Alatskivi_vallavalitsus_et, lk 204
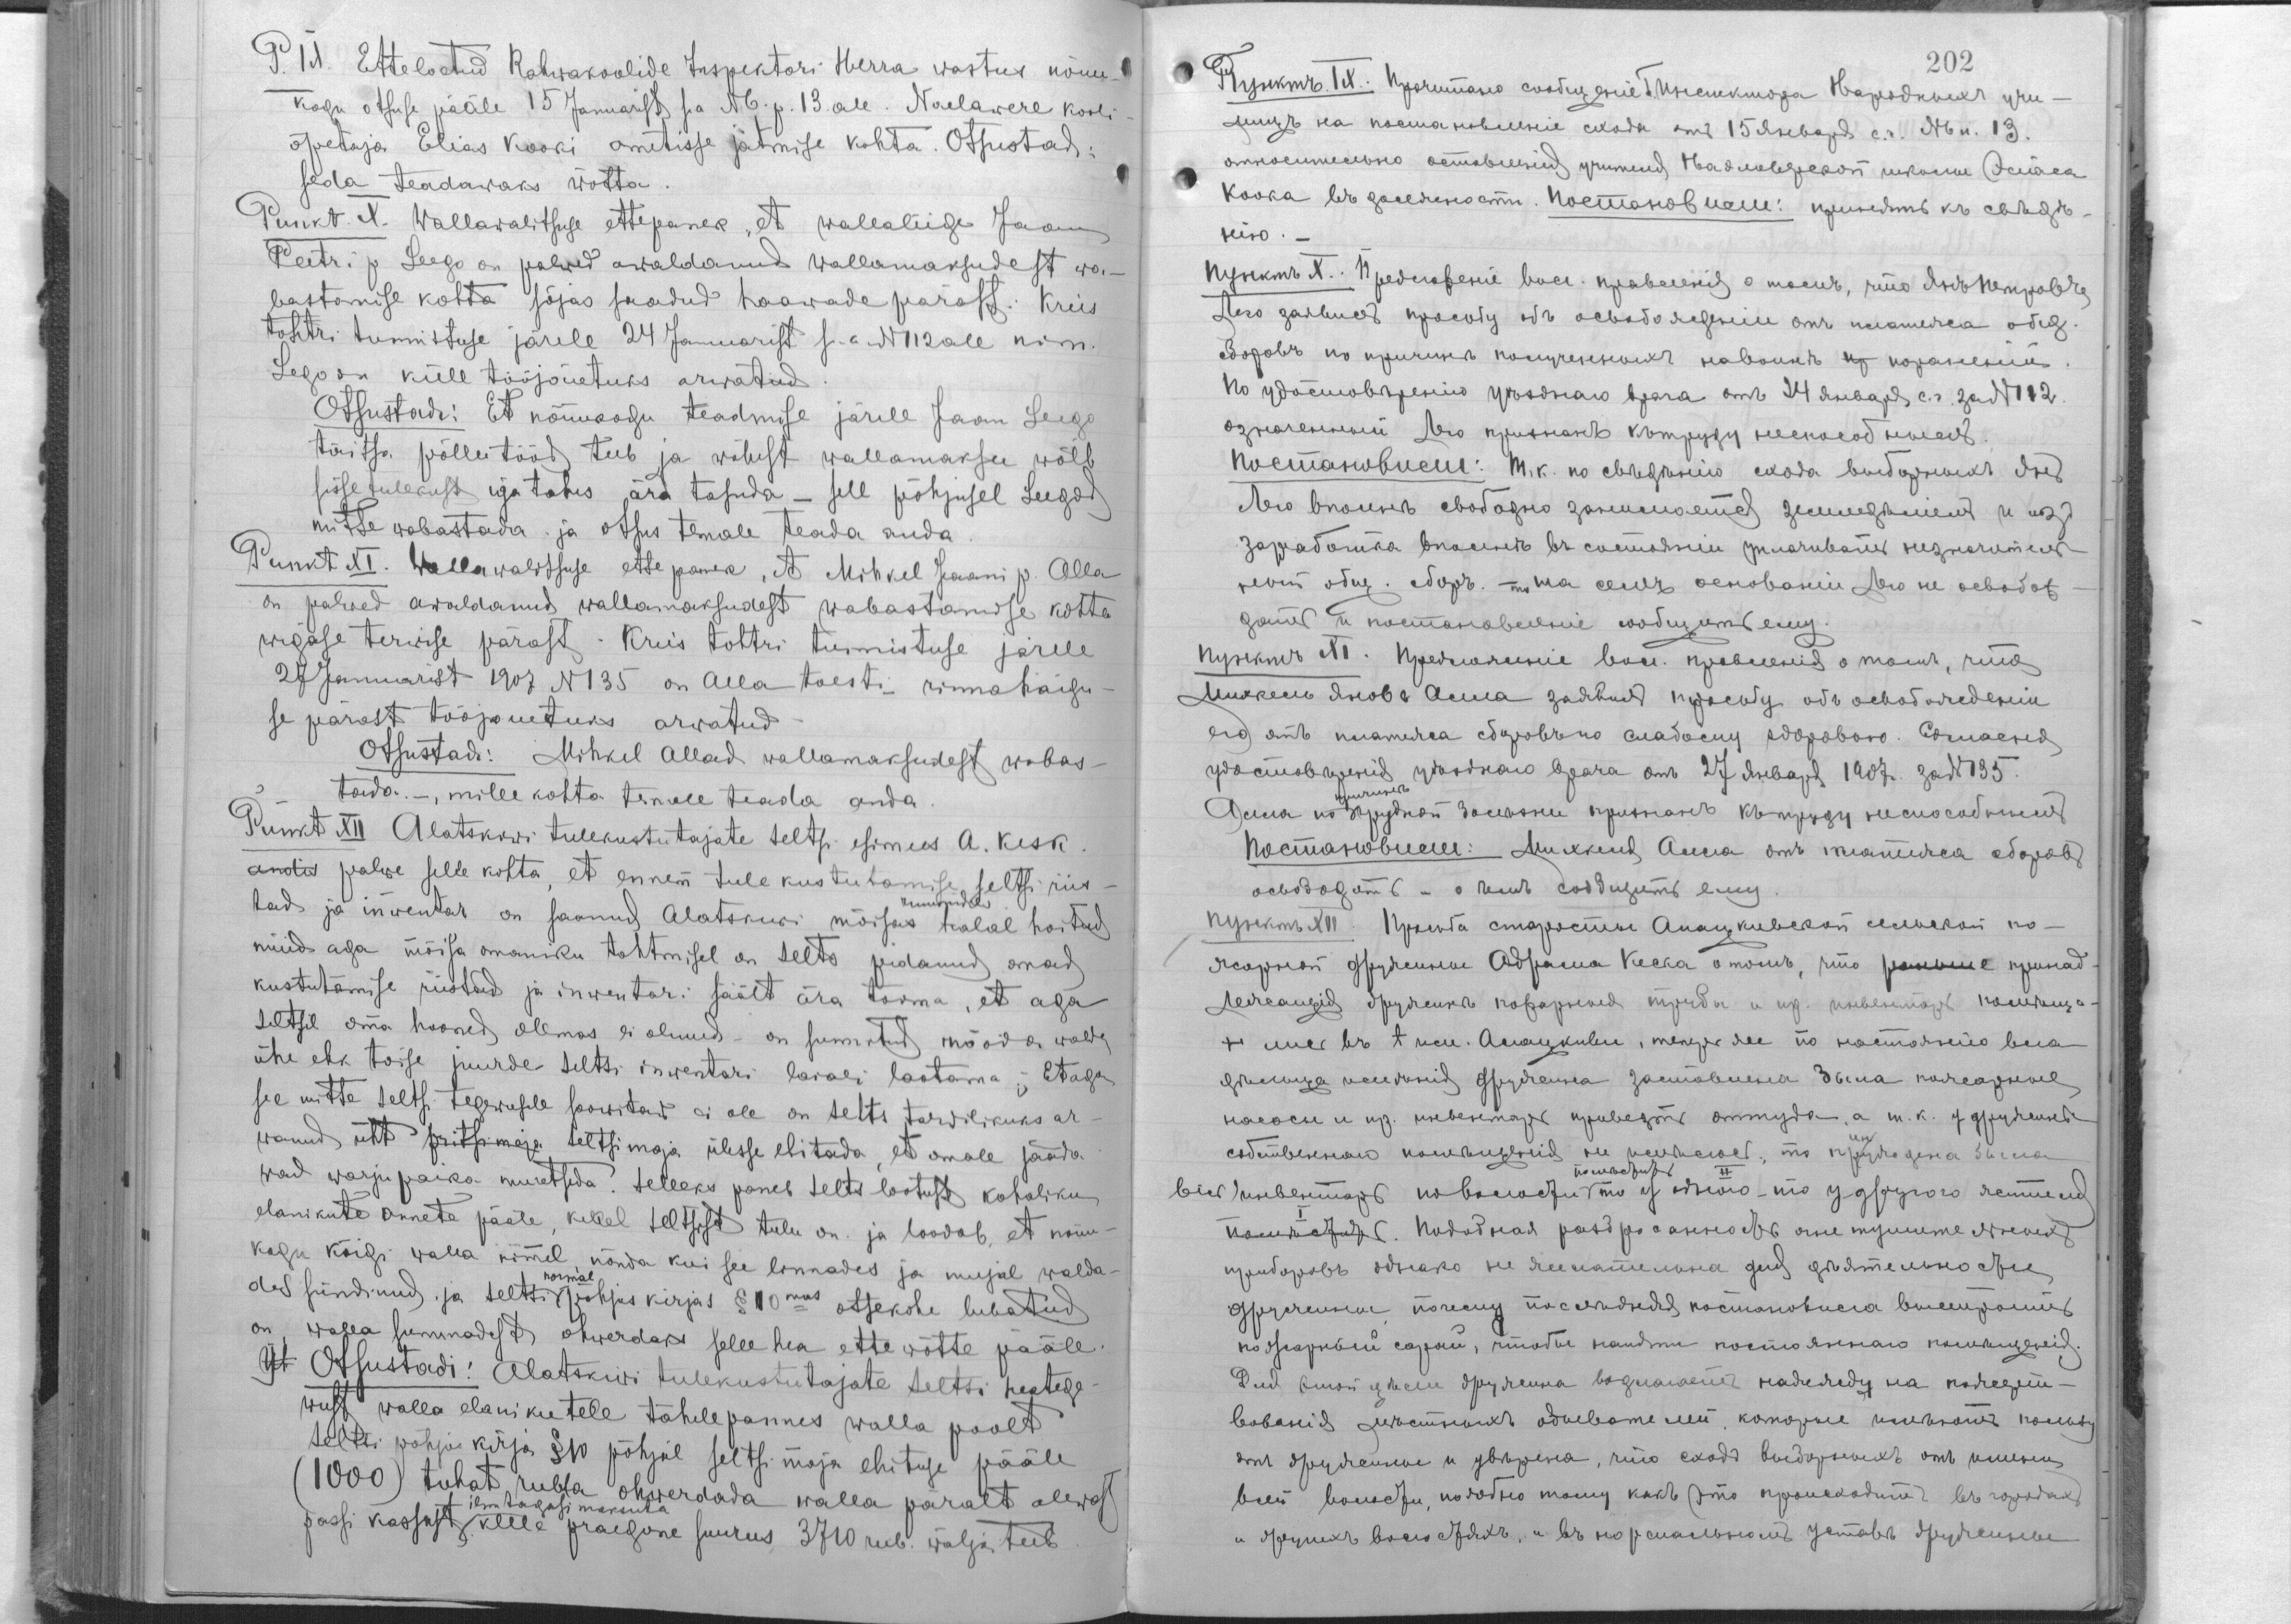
P. IX. Etteloetud Rahwakoolide Inspektori Herra wastus nõuu-
kogu otsuse pääle 15 Januarist s.a. N 6. p. 13. all. Naelawere kooli-
õpetaja Elias Kooki ametisse jätmise kohta. Otsustadi:
seda teadawaks wõtta.
Punkt X.  Wallawalitsusele ettepanek, et wallaliige Jaan
Peetri p Leego on palwed awaldanud wallawalitsusest wa-
bastamise kohta sõjas saadud haawade pärast. Kreis
tohtri tunnistuse järele 24 Januarist s. a.  N 112 all nim
Lego on küll tööjõuetuks arwatud.
Otsustadi: Et nõuukogu teadmise järele Jaan Leego
täitsa põllutööd teeb ja wähest wallamaksu wõib
sissetulekust iga tahes ära tasuda - sell põhjusel Leegod
mitte wabastada ja otsus temale teada anda.
Punkt XI. Wallawalitsuse ettepanek, et Mihkel Jaani p. Alla
on palwed awaldanud wallamaksudest wabastmise kohta
wigase terwise pärast. Kreis tohtri tunnistuse järele
27 Januarist 1907 N 135 on Alla toesti rinnahaigu-
se pärast tööjõuetuks arwatud.
Otsustadi: Mihkel Allad wallamaksudest wabas-
tada.-, mille kohta temale teada anda.
Punkt XII Alatskiwi tulekustutajate seltsi esimees A. Kesk
andis palwe selle kohta, et ennem tulekustutamise seltsi riis-
tad ja inwentar on saanud Alatskiwi mõisas ruumides halal hoitud
nüüd aga mõisa omaniku tahtmisel on selts pidanud omad
kustutamise riistad ja inwentari säält ära tooma, et aga
seltsil oma hooned olemas ei olnud - on sunnitud mööda walda
ühe ehk toise juurde seltsi inwentari laiali laotama. - Et aga
see mitte seltsi tegewusele soowitav ei ole on selts tarwilikuks ar-
wanud üht pritsimaja seltsimaja ülesse ehitada, et omale jääda
wad warjupaika muretseda. Selleks paneb selts lootust kohaliku
elanikute annete pääle, kellel seltsist tulu on ja loodab, et nõuu-
kogu kõigi walla nimel nõnda kui see linnades ja mujal walda-
des sündinud ja seltsi normal põhjus kirjas § 10mas otsekohe lubatud
on walla summadest ohwerdaks selle hea ette wõtte pääle.
Ül Otsustadi: Alatskiwi tulekustutajate Seltsi heatege-
wust walla elanikutele tähelepannes walla poolt
seltsi põhikirja § 10 põhjal seltsi maja ehituse pääle
(1000) tuhat rubla ohwerdada walla päralt olewast
ilma tagasi maksuta
passi kassast kelle praegune suurus 3710 rub. wälja teeb.